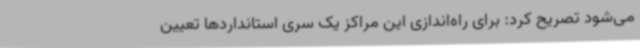
می‌شود تصریح کرد: برای راه‌اندازی این مراکز یک سری استانداردها تعیین